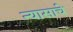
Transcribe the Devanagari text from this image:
न्यासाचे